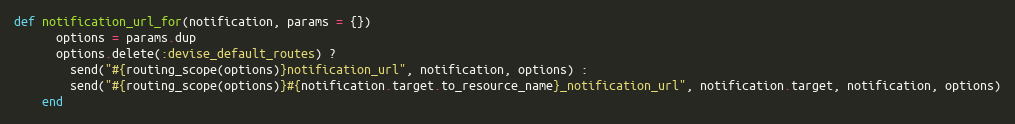
Language: Ruby
def notification_url_for(notification, params = {})
      options = params.dup
      options.delete(:devise_default_routes) ?
        send("#{routing_scope(options)}notification_url", notification, options) :
        send("#{routing_scope(options)}#{notification.target.to_resource_name}_notification_url", notification.target, notification, options)
    end